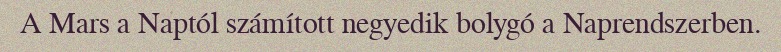
A Mars a Naptól számított negyedik bolygó a Naprendszerben.